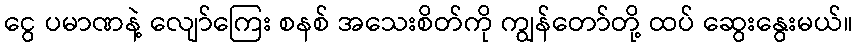
ငွေ ပမာဏနဲ့ လျော်ကြေး စနစ် အသေးစိတ်ကို ကျွန်တော်တို့ ထပ် ဆွေးနွေးမယ်။